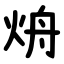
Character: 烐